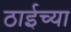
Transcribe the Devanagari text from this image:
ठाईच्या